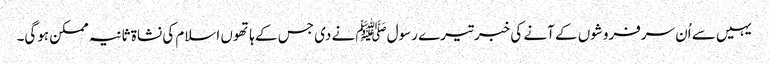
یہیں سے اُن سرفروشوں کے آنے کی خبر تیرے رسولﷺ نے دی جس کے ہاتھوں اسلام کی نشاۃ ثانیہ ممکن ہوگی۔